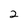
Character: 2